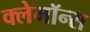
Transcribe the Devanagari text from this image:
क्लेमॉन्स